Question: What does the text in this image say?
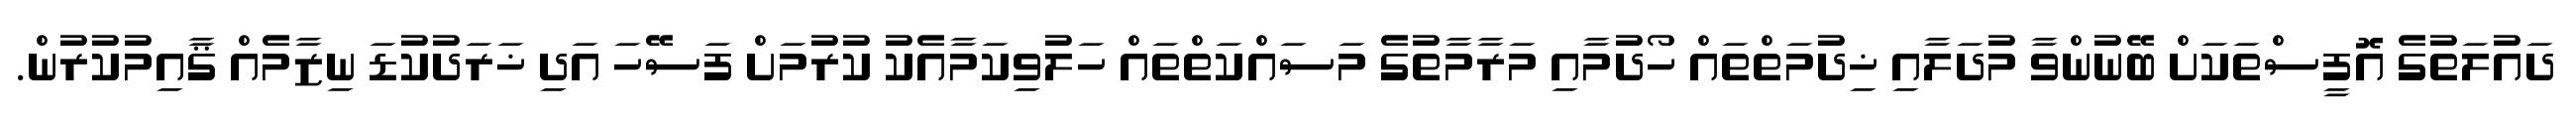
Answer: ދައުލަތުގެ އޮފީސްތަކަށް ބޭނުންވާ މުދަލާއި ޚިދުމަތްތައް ހޯދުމާއި މަރާމާތުގެ މަސައްކަތްތައް ހަލުވިކަމާއެކު ކުރުމަށް ފަސޭހަ އަދި ޚަރަދުކުޑަ ނިޒާމެއް ޤާއިމުކުރުން.